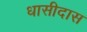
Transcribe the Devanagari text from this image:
धासीदास